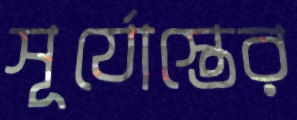
সূর্যোস্তের